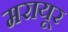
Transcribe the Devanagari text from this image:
मरायूर